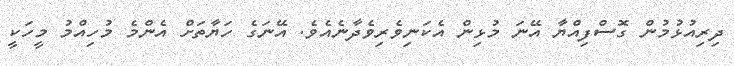
ދިރިއުޅުމުން ގޮސްފިއްޔާ އޭނަ މުޅިން އެކަނިވެރިވެދާނެއެވެ. އޭނަގެ ހަޔާތަށް އެންމެ މުހިއްމު މީހަކީ